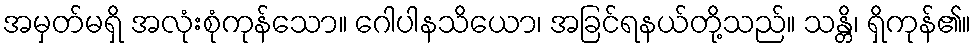
အမှတ်မရှိ အလုံးစုံကုန်သော။ ဂေါပါနသိယော၊ အခြင်ရနယ်တို့သည်။ သန္တိ၊ ရှိကုန်၏။